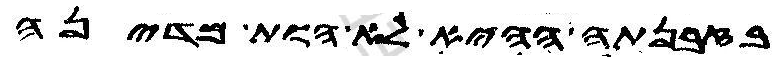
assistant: בזבנתה ההיא לא הות מדינה